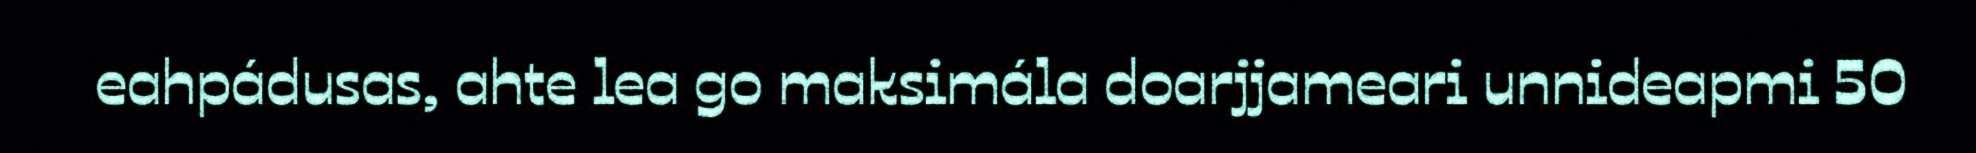
eahpádusas, ahte lea go maksimála doarjjameari unnideapmi 50